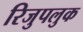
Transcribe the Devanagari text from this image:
रिजुपलुक